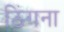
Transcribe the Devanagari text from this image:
ठिंगना